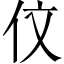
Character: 伩